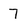
Character: 7